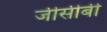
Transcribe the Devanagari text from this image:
जीसीबी